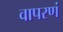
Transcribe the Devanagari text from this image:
वापरणं